Report of the Indian Hemp Drugs Commission, 1894-1895 - Volume IV
Year: 1894
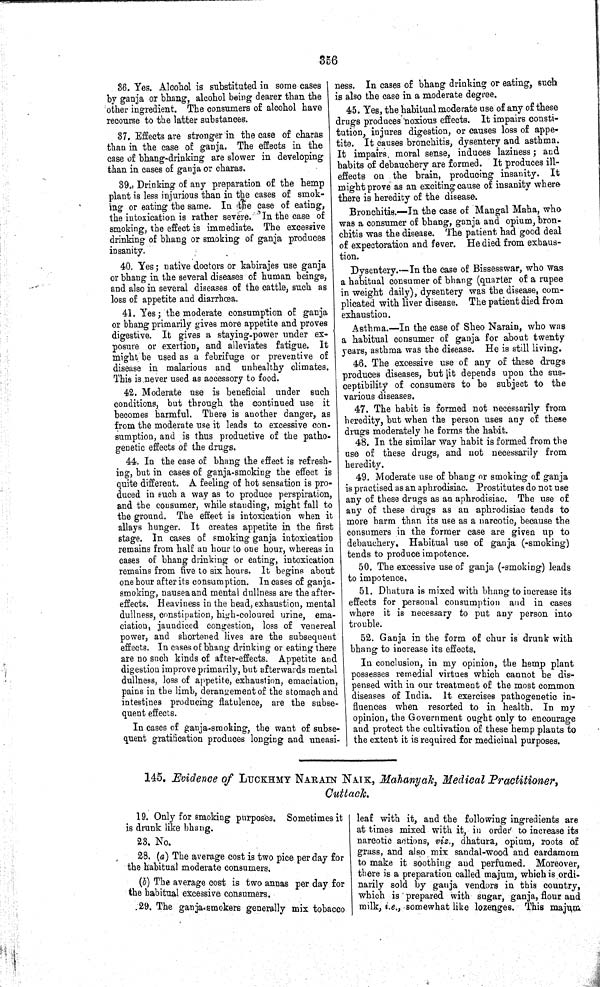
356
36. Yes. Alcohol is substituted in some cases
by ganja or bhang, alcohol being dearer than the
other ingredient. The consumers of alcohol have
recourse to the latter substances.
37. Effects are stronger in the case of charas
than in the case of ganja. The effects in the
case of bhang-drinking are slower in developing
than in cases of ganja or charas.
39. Drinking of any preparation of the hemp
plant is less injurious than in the cases of smok-
ing or eating the same. In the case of eating,
the intoxication is rather severe. In the case of
smoking, the effect is immediate. The excessive
drinking of bhang or smoking of ganja produces
insanity.
40. Yes; native doctors or kabirajes use ganja
or bhang in the several diseases of human beings,
and also in several diseases of the cattle, such as
loss of appetite and diarrhœa.
41. Yes; the moderate consumption of ganja
or bhang primarily gives more appetite and proves
digestive. It gives a staying-power under ex-
posure or exertion, and alleviates fatigue. It
might be used as a febrifuge or preventive of
disease in malarious and unhealthy climates.
This is never used as accessory to food.
42. Moderate use is beneficial under such
conditions, but through the continued use it
becomes harmful. There is another danger, as
from the moderate use it leads to excessive con-
sumption, and is thus productive of the patho-
genetic effects of the drugs.
44. In the case of bhang the effect is refresh-
ing, but in cases of ganja-smoking the effect is
quite different. A feeling of hot sensation is pro-
duced in such a way as to produce perspiration,
and the consumer, while standing, might fall to
the ground. The effect is intoxication when it
allays hunger. It creates appetite in the first
stage. In cases of smoking ganja intoxication
remains from half an hour to one hour, whereas in
cases of bhang drinking or eating, intoxication
remains from five to six hours. It begins about
one hour after its consumption. In cases of ganja-
smoking, nausea and mental dullness are the after-
effects. Heaviness in the head, exhaustion, mental
dullness, constipation, high-coloured urine, ema-
ciation, jaundiced congestion, loss of venereal
power, and shortened lives are the subsequent
effects. In cases of bhang drinking or eating there
are no such kinds of after-effects. Appetite and
digestion improve primarily, but afterwards mental
dullness, loss of appetite, exhaustion, emaciation,
pains in the limb, derangement of the stomach and
intestines producing flatulence, are the subse-
quent effects.
In cases of ganja-smoking, the want of subse-
quent gratification produces longing and uneasi-
ness. In cases of bhang drinking or eating, such
is also the case in a moderate degree.
45. Yes, the habitual moderate use of any of these
drugs produces noxious effects. It impairs consti-
tution, injures digestion, or causes loss of appe-
tite. It causes bronchitis, dysentery and asthma.
It impairs moral sense, induces laziness; and
habits of debauchery are formed. It produces ill-
effects on the brain, producing insanity. It
might prove as an exciting cause of insanity where
there is heredity of the disease.
Bronchitis.—In the case of Mangal Maha, who
was a consumer of bhang, ganja and opium, bron-
chitis was the disease. The patient had good deal
of expectoration and fever. He died from exhaus-
tion.
Dysentery.—In the case of Bissesswar, who was
a habitual consumer of bhang (quarter of a rupee
in weight daily), dysentery was the disease, com-
plicated with liver disease. The patient died from
exhaustion.
Asthma.—In the case of Sheo Narain, who was
a habitual consumer of ganja for about twenty
years, asthma was the disease. He is still living.
46. The excessive use of any of these drugs
produces diseases, but it depends upon the sus-
ceptibility of consumers to be subject to the
various diseases.
47. The habit is formed not necessarily from
heredity, but when the person uses any of these
drugs moderately he forms the habit.
48. In the similar way habit is formed from the
use of these drugs, and not necessarily from
heredity.
49. Moderate use of bhang or smoking of ganja
is practised as an aphrodisiac. Prostitutes do not use
any of these drugs as an aphrodisiac. The use of
any of these drugs as an aphrodisiac tends to
more harm than its use as a narcotic, because the
consumers in the former case are given up to
debauchery. Habitual use of ganja (-smoking)
tends to produce impotence.
50. The excessive use of ganja (-smoking) leads
to impotence.
51. Dhatura is mixed with bhang to increase its
effects for personal consumption and in cases
where it is necessary to put any person into
trouble.
52. Ganja in the form of chur is drunk with
bhang to increase its effects.
In conclusion, in my opinion, the hemp plant
possesses remedial virtues which cannot be dis-
pensed with in our treatment of the most common
diseases of India. It exercises pathogenetic in-
fluences when resorted to in health. In my
opinion, the Government ought only to encourage
and protect the cultivation of these hemp plants to
the extent it is required for medicinal purposes.
145. Evidence of LUCKHMY NARAIN NAIK, Mahanyak, Medical Practitioner,
Cuttack.
19. Only for smoking purposes. Sometimes it
is drunk like bhang.
23. No.
28. (a) The average cost is two pice per day for
the habitual moderate consumers.
(b) The average cost is two annas per day for
the habitual excessive consumers.
29. The ganja-smokers generally mix tobacco
leaf with it, and the following ingredients are
at times mixed with it, in order to increase its
narcotic actions, viz., dhatura, opium, roots of
grass, and also mix sandal-wood and cardamom
to make it soothing and perfumed. Moreover,
there is a preparation called majum, which is ordi-
narily sold by ganja vendors in this country,
which is prepared with sugar, ganja, flour and
milk, i.e., somewhat like lozenges. This majum